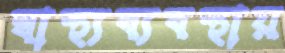
স্বাস্থ্যব্যবস্থায়